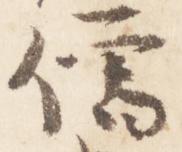
僧